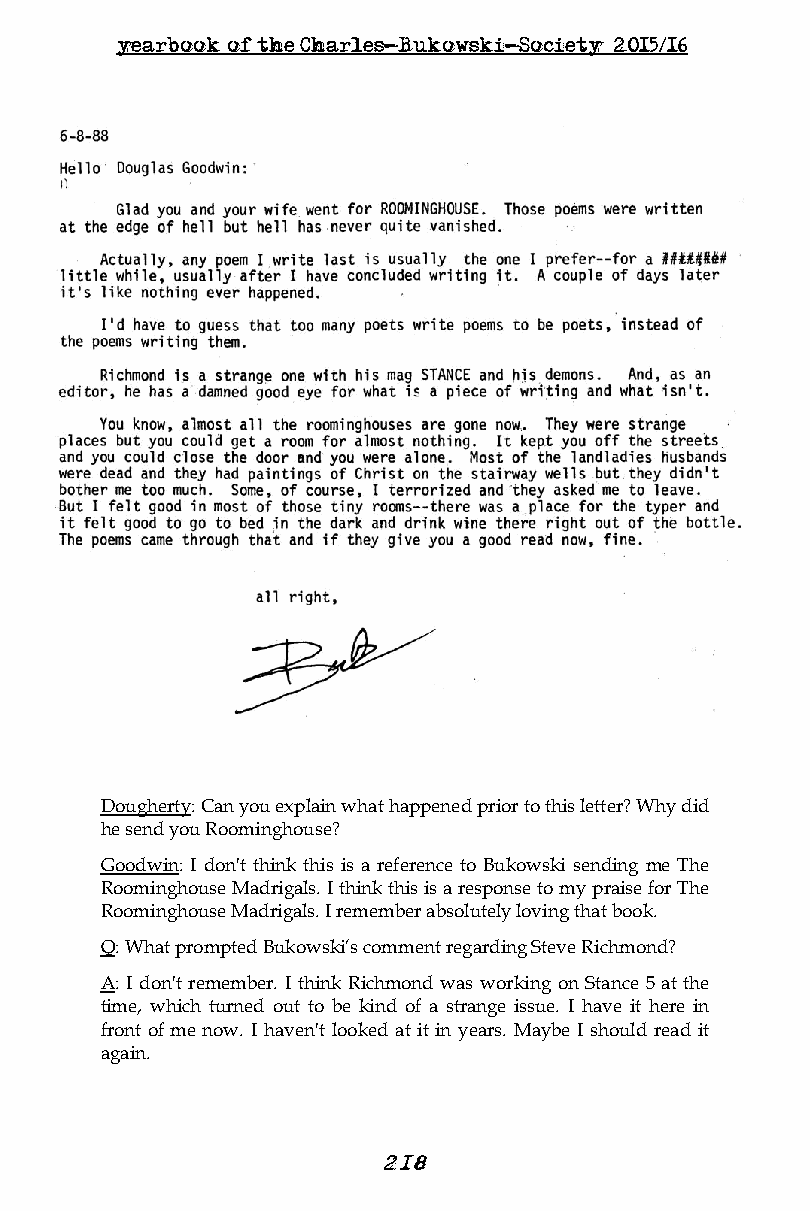
yearbook of the Charles-Bukowski-Society 2015/16
 Dougherty: Can you explain what happened prior to this letter? Why did
 he send you Roominghouse?
 Goodwin: I don't think this is a reference to Bukowski sending me The
 Roominghouse Madrigals. I think this is a response to my praise for The
 Roominghouse Madrigals. I remember absolutely loving that book.
 Q: What prompted Bukowski’s comment regarding Steve Richmond?
 A: I don't remember. I think Richmond was working on Stance 5 at the
 time, which turned out to be kind of a strange issue. I have it here in
 front of me now. I haven't looked at it in years. Maybe I should read it
 again.
 21 8